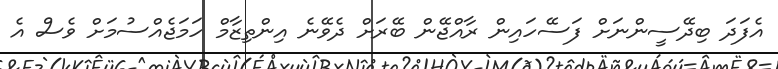
އެފަދަ ބިދޭސީންނަށް ފަސޭހައިން ރާއްޖޭން ބޭރަށް ދެވޭނެ އިންތިޒާމް ހަމަޖެއްސުމަށް ވެސް އެ